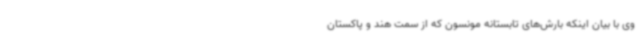
وی با بیان اینکه بارش‌های تابستانه مونسون که از سمت هند و پاکستان